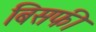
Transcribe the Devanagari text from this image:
बिसफी